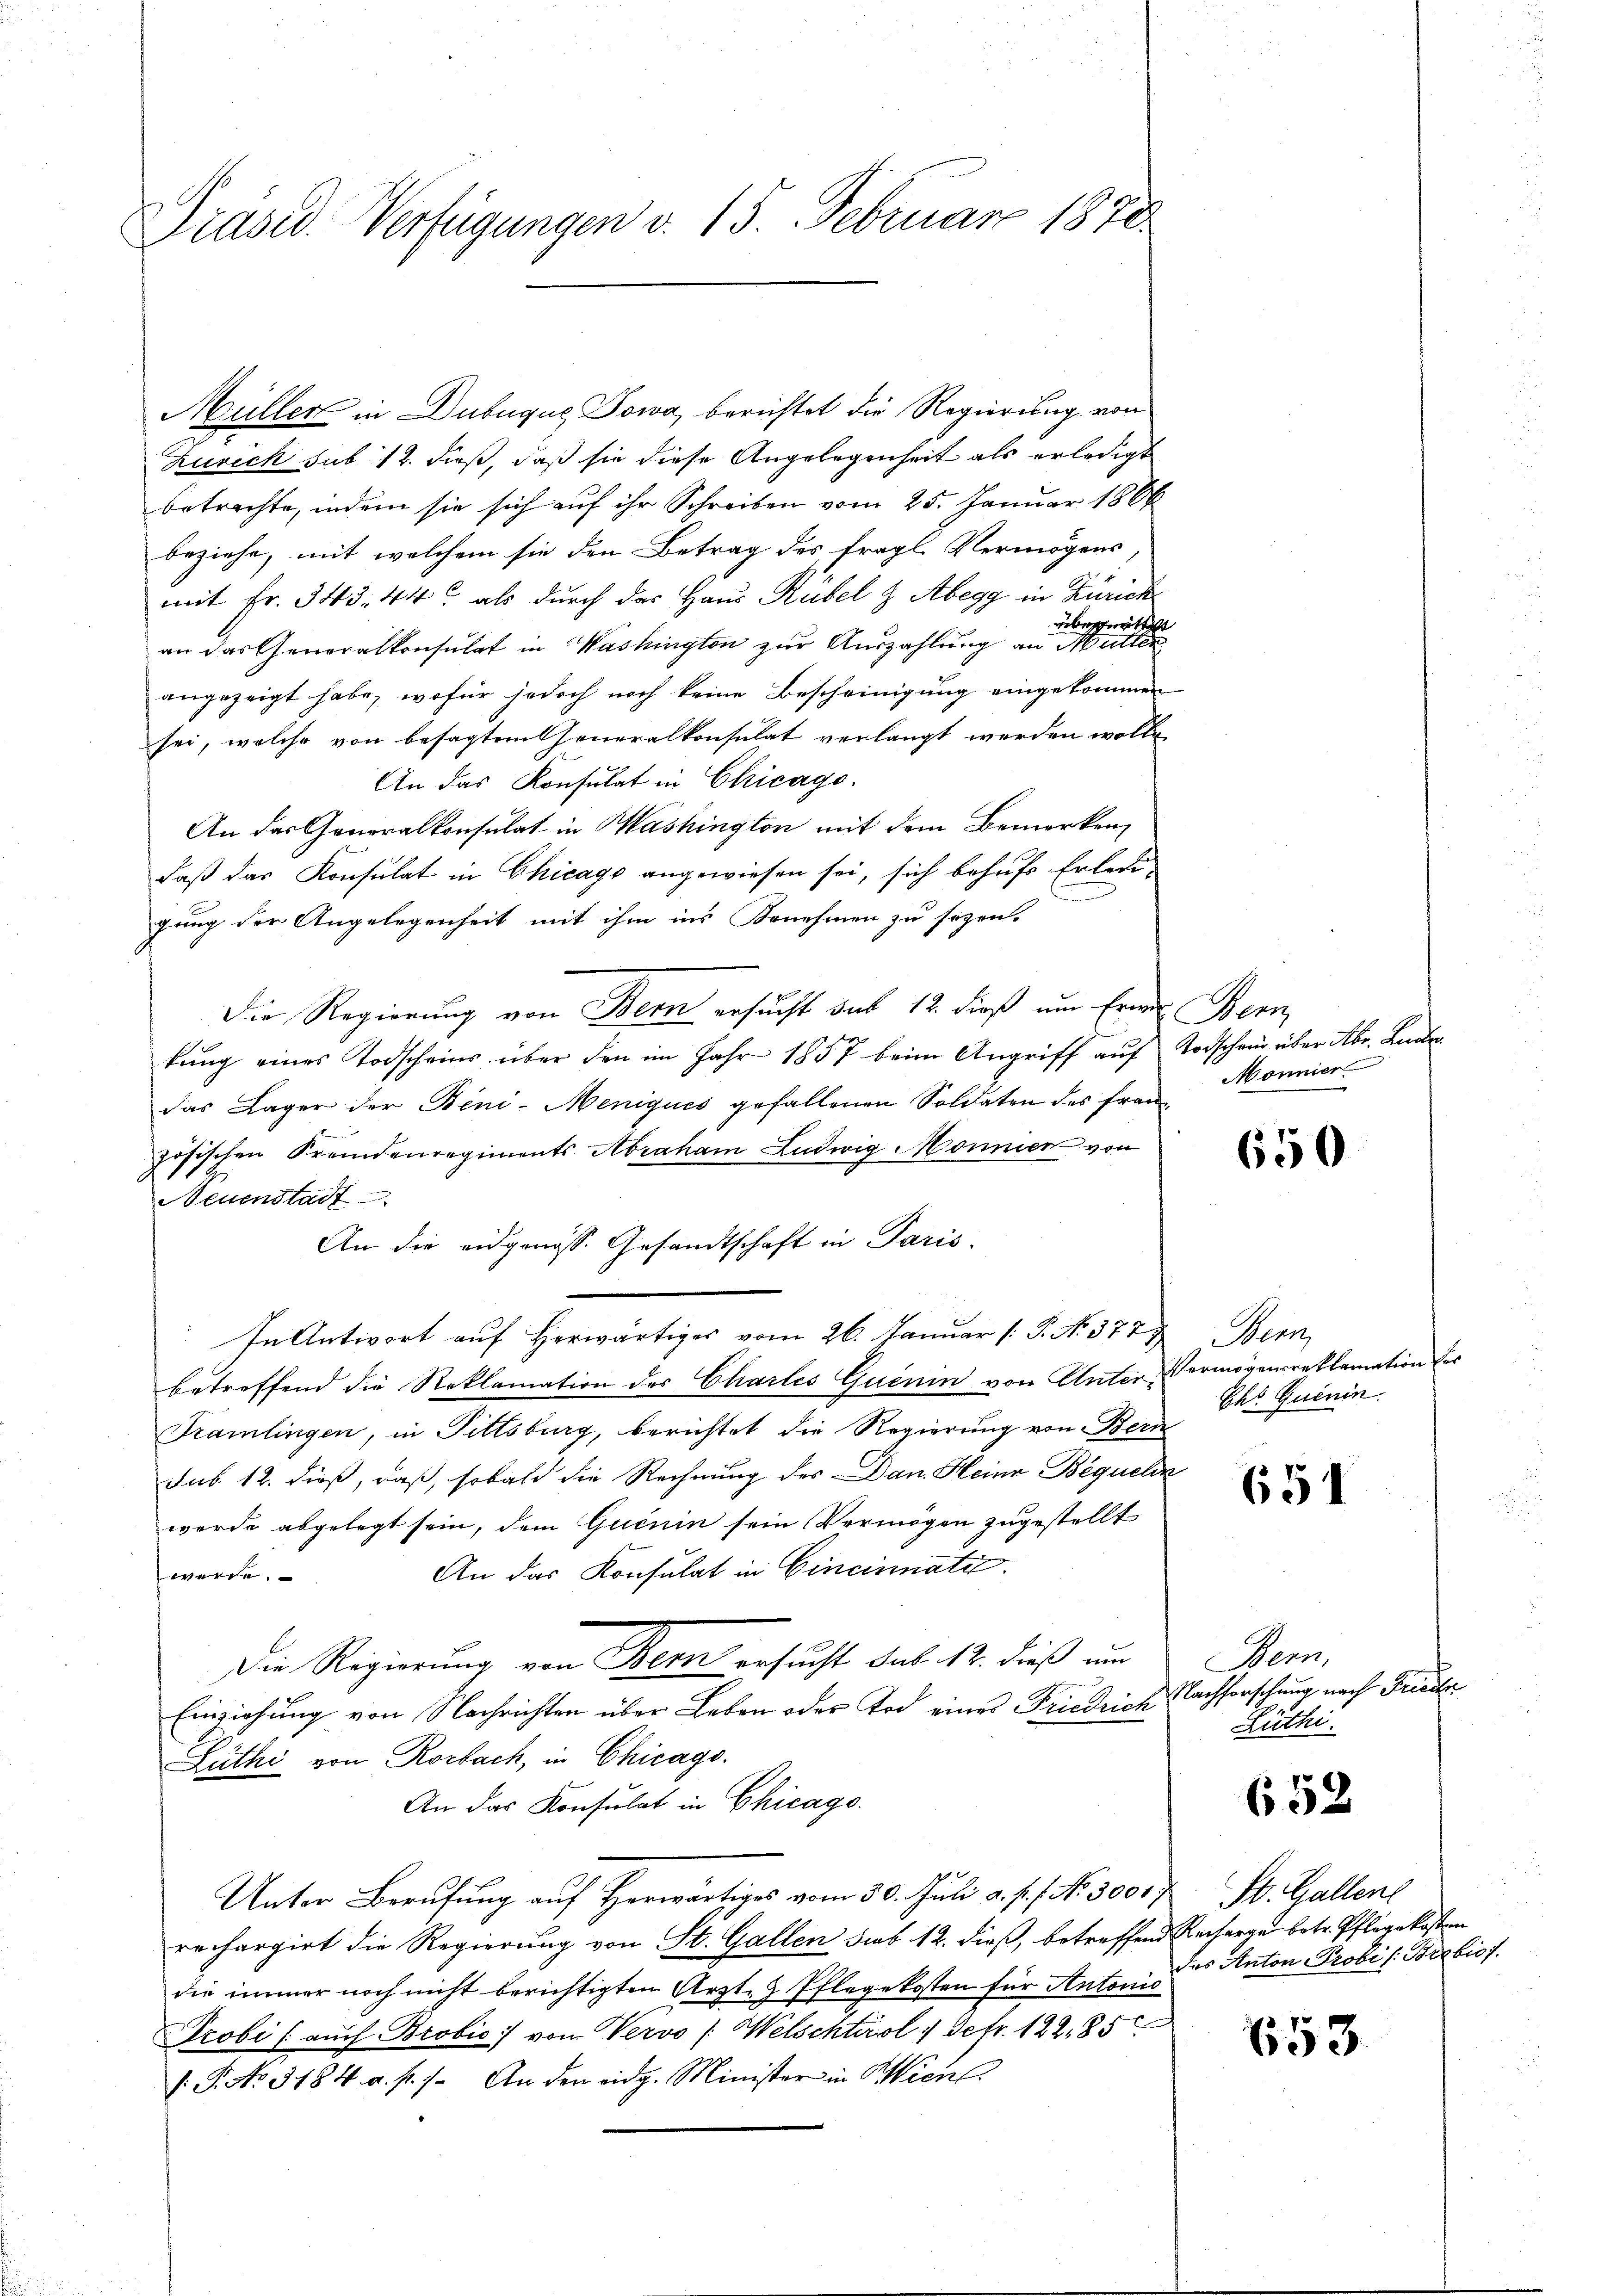
Präsid. Verfügungen v. 15. Februar 1870

Müller in Dubuque, Towa, berichtet die Regierung von
Zürich sub 12. dieß, daß sie diese Angelegenheit als erledigt
betrachte, indem sie sich auf ihr Schreiben vom 25. Januar 1866
beziehe, mit welchem sie den Betrag des fragl. Vermögens,
mit Fr. 343. 44 als durch das Haus Rübel & Abegg in Zürich
übereitsst
an das Generalkonsulat in Washington zur Auszahlung an Mutter
angezeigt habe, wofür jedoch noch keine Bescheinigung eingekommen
sei, welche von besagten Generalkonsulat verlangt werden wolle,
An das Konsulat in Chicago.
An das Generalkonsulat in Washington mit dem Bemerken,
daß das Konsulat in Chicago angewiesen sei, sich behufs Erberugung der Angelegenheit mit ihm ins Benehmen zu sezen.
Die Regierung von Bern ersucht das 12. dieß um Ernen
kung eines Todscheins über den im Jahr 1857 beim Angriff auf
das Lager der Beni-Meniques gefallenen Soldaten des französischen Fremdenregiments Abraham Ludwig Mönnier von
Neuenstadt
An die eidgenöss. Gesandtschaft in Paris.
In Antwort auf herwärtiges vom 26. Januar (: P. N. 377
betreffend die Reklamation des Chartes Quenin von Unter¬
Framlingen, in Pittsburg, berichtet die Regierung von Bern
sub. 12. dieß, daß, sobald die Rechnung des Dan. Heine Bequelin
werde abgelegt sein, dem Quenin sein Vermögen zugestellt
An das Konsulat in Cincinnati
werde.
Die Regierung von Bern ersucht sub. 12. dieß um
Einziehung von Nachrichten über Leben oder Tod eines Friedrich
Lüthi von Rorbach, in Chicago.
An das Konsulat in Chicago
Unter Berufung auf herwärtiges vom 30. Juli a. p. 1. No. 3000 St. Gallen
rechargirt die Regierung von St. Gallen sub 12. dieß, betreffend Recharge betr. Pflegekosten
die immer noch nicht berichtigten Arzt- & Pflegekosten für Antonio
Probi (auch Probić:/ von Vervo (Welschtirol 4 Sefr. 122,85
V. P. No. 3184. a. p. 1. An den eidg. Minister in Sienl

Wenz
Todscheid über Abr. Lander
Monnier

650

Wenn
Vermögensreklamation der
Ehr. Quenin

654

Bern,
Nachforschung nach Friede
Lüthi

652

des Anton Probis: Brobios.

653